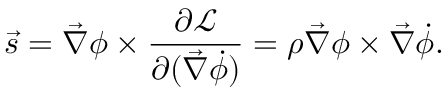
\vec { s } = \vec { \nabla } \phi \times \frac { \partial \mathcal { L } } { \partial ( \vec { \nabla } \dot { \phi } ) } = \rho \vec { \nabla } \phi \times \vec { \nabla } { \dot { \phi } } .